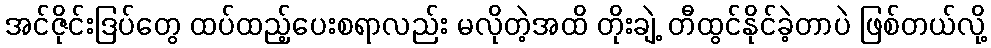
အင်ဇိုင်းဒြပ်တွေ ထပ်ထည့်ပေးစရာလည်း မလိုတဲ့အထိ တိုးချဲ့ တီထွင်နိုင်ခဲ့တာပဲ ဖြစ်တယ်လို့